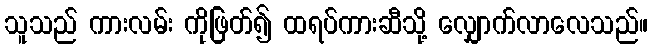
သူသည် ကားလမ်း ကိုဖြတ်၍ ထရပ်ကားဆီသို့ လျှောက်လာလေသည်။